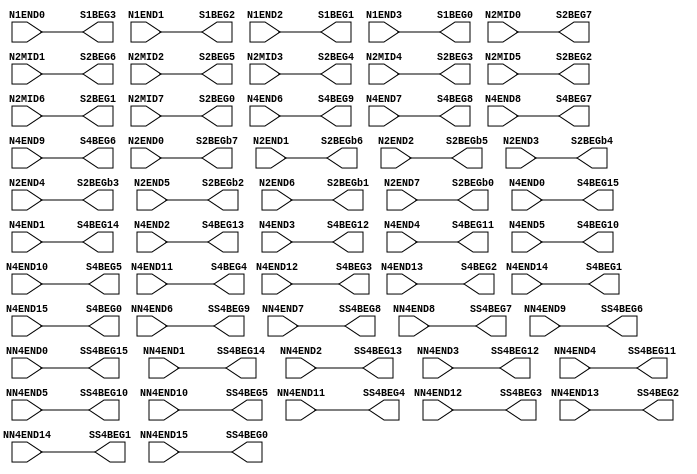
// SPDX-FileCopyrightText: 
// 2021 Nguyen Dao
//
// Licensed under the Apache License, Version 2.0 (the "License");
// you may not use this file except in compliance with the License.
// You may obtain a copy of the License at
//
//      http://www.apache.org/licenses/LICENSE-2.0
//
// Unless required by applicable law or agreed to in writing, software
// distributed under the License is distributed on an "AS IS" BASIS,
// WITHOUT WARRANTIES OR CONDITIONS OF ANY KIND, either express or implied.
// See the License for the specific language governing permissions and
// limitations under the License.
//
// SPDX-License-Identifier: Apache-2.0
//NumberOfConfigBits:0
module N_term_single2_switch_matrix (N1END0, N1END1, N1END2, N1END3, N2MID0, N2MID1, N2MID2, N2MID3, N2MID4, N2MID5, N2MID6, N2MID7, N2END0, N2END1, N2END2, N2END3, N2END4, N2END5, N2END6, N2END7, N4END0, N4END1, N4END2, N4END3, N4END4, N4END5, N4END6, N4END7, N4END8, N4END9, N4END10, N4END11, N4END12, N4END13, N4END14, N4END15, NN4END0, NN4END1, NN4END2, NN4END3, NN4END4, NN4END5, NN4END6, NN4END7, NN4END8, NN4END9, NN4END10, NN4END11, NN4END12, NN4END13, NN4END14, NN4END15, S1BEG0, S1BEG1, S1BEG2, S1BEG3, S2BEG0, S2BEG1, S2BEG2, S2BEG3, S2BEG4, S2BEG5, S2BEG6, S2BEG7, S2BEGb0, S2BEGb1, S2BEGb2, S2BEGb3, S2BEGb4, S2BEGb5, S2BEGb6, S2BEGb7, S4BEG0, S4BEG1, S4BEG2, S4BEG3, S4BEG4, S4BEG5, S4BEG6, S4BEG7, S4BEG8, S4BEG9, S4BEG10, S4BEG11, S4BEG12, S4BEG13, S4BEG14, S4BEG15, SS4BEG0, SS4BEG1, SS4BEG2, SS4BEG3, SS4BEG4, SS4BEG5, SS4BEG6, SS4BEG7, SS4BEG8, SS4BEG9, SS4BEG10, SS4BEG11, SS4BEG12, SS4BEG13, SS4BEG14, SS4BEG15);
	parameter NoConfigBits = 0;
	 // switch matrix inputs
	input N1END0;
	input N1END1;
	input N1END2;
	input N1END3;
	input N2MID0;
	input N2MID1;
	input N2MID2;
	input N2MID3;
	input N2MID4;
	input N2MID5;
	input N2MID6;
	input N2MID7;
	input N2END0;
	input N2END1;
	input N2END2;
	input N2END3;
	input N2END4;
	input N2END5;
	input N2END6;
	input N2END7;
	input N4END0;
	input N4END1;
	input N4END2;
	input N4END3;
	input N4END4;
	input N4END5;
	input N4END6;
	input N4END7;
	input N4END8;
	input N4END9;
	input N4END10;
	input N4END11;
	input N4END12;
	input N4END13;
	input N4END14;
	input N4END15;
	input NN4END0;
	input NN4END1;
	input NN4END2;
	input NN4END3;
	input NN4END4;
	input NN4END5;
	input NN4END6;
	input NN4END7;
	input NN4END8;
	input NN4END9;
	input NN4END10;
	input NN4END11;
	input NN4END12;
	input NN4END13;
	input NN4END14;
	input NN4END15;
	output S1BEG0;
	output S1BEG1;
	output S1BEG2;
	output S1BEG3;
	output S2BEG0;
	output S2BEG1;
	output S2BEG2;
	output S2BEG3;
	output S2BEG4;
	output S2BEG5;
	output S2BEG6;
	output S2BEG7;
	output S2BEGb0;
	output S2BEGb1;
	output S2BEGb2;
	output S2BEGb3;
	output S2BEGb4;
	output S2BEGb5;
	output S2BEGb6;
	output S2BEGb7;
	output S4BEG0;
	output S4BEG1;
	output S4BEG2;
	output S4BEG3;
	output S4BEG4;
	output S4BEG5;
	output S4BEG6;
	output S4BEG7;
	output S4BEG8;
	output S4BEG9;
	output S4BEG10;
	output S4BEG11;
	output S4BEG12;
	output S4BEG13;
	output S4BEG14;
	output S4BEG15;
	output SS4BEG0;
	output SS4BEG1;
	output SS4BEG2;
	output SS4BEG3;
	output SS4BEG4;
	output SS4BEG5;
	output SS4BEG6;
	output SS4BEG7;
	output SS4BEG8;
	output SS4BEG9;
	output SS4BEG10;
	output SS4BEG11;
	output SS4BEG12;
	output SS4BEG13;
	output SS4BEG14;
	output SS4BEG15;
	//global


	parameter GND0 = 1'b0;
	parameter GND = 1'b0;
	parameter VCC0 = 1'b1;
	parameter VCC = 1'b1;
	parameter VDD0 = 1'b1;
	parameter VDD = 1'b1;
	
	wire [1-1:0] S1BEG0_input;
	wire [1-1:0] S1BEG1_input;
	wire [1-1:0] S1BEG2_input;
	wire [1-1:0] S1BEG3_input;
	wire [1-1:0] S2BEG0_input;
	wire [1-1:0] S2BEG1_input;
	wire [1-1:0] S2BEG2_input;
	wire [1-1:0] S2BEG3_input;
	wire [1-1:0] S2BEG4_input;
	wire [1-1:0] S2BEG5_input;
	wire [1-1:0] S2BEG6_input;
	wire [1-1:0] S2BEG7_input;
	wire [1-1:0] S2BEGb0_input;
	wire [1-1:0] S2BEGb1_input;
	wire [1-1:0] S2BEGb2_input;
	wire [1-1:0] S2BEGb3_input;
	wire [1-1:0] S2BEGb4_input;
	wire [1-1:0] S2BEGb5_input;
	wire [1-1:0] S2BEGb6_input;
	wire [1-1:0] S2BEGb7_input;
	wire [1-1:0] S4BEG0_input;
	wire [1-1:0] S4BEG1_input;
	wire [1-1:0] S4BEG2_input;
	wire [1-1:0] S4BEG3_input;
	wire [1-1:0] S4BEG4_input;
	wire [1-1:0] S4BEG5_input;
	wire [1-1:0] S4BEG6_input;
	wire [1-1:0] S4BEG7_input;
	wire [1-1:0] S4BEG8_input;
	wire [1-1:0] S4BEG9_input;
	wire [1-1:0] S4BEG10_input;
	wire [1-1:0] S4BEG11_input;
	wire [1-1:0] S4BEG12_input;
	wire [1-1:0] S4BEG13_input;
	wire [1-1:0] S4BEG14_input;
	wire [1-1:0] S4BEG15_input;
	wire [1-1:0] SS4BEG0_input;
	wire [1-1:0] SS4BEG1_input;
	wire [1-1:0] SS4BEG2_input;
	wire [1-1:0] SS4BEG3_input;
	wire [1-1:0] SS4BEG4_input;
	wire [1-1:0] SS4BEG5_input;
	wire [1-1:0] SS4BEG6_input;
	wire [1-1:0] SS4BEG7_input;
	wire [1-1:0] SS4BEG8_input;
	wire [1-1:0] SS4BEG9_input;
	wire [1-1:0] SS4BEG10_input;
	wire [1-1:0] SS4BEG11_input;
	wire [1-1:0] SS4BEG12_input;
	wire [1-1:0] SS4BEG13_input;
	wire [1-1:0] SS4BEG14_input;
	wire [1-1:0] SS4BEG15_input;


// The configuration bits (if any) are just a long shift register

// This shift register is padded to an even number of flops/latches
// switch matrix multiplexer  S1BEG0 		MUX-1
	assign S1BEG0 = N1END3;
// switch matrix multiplexer  S1BEG1 		MUX-1
	assign S1BEG1 = N1END2;
// switch matrix multiplexer  S1BEG2 		MUX-1
	assign S1BEG2 = N1END1;
// switch matrix multiplexer  S1BEG3 		MUX-1
	assign S1BEG3 = N1END0;
// switch matrix multiplexer  S2BEG0 		MUX-1
	assign S2BEG0 = N2MID7;
// switch matrix multiplexer  S2BEG1 		MUX-1
	assign S2BEG1 = N2MID6;
// switch matrix multiplexer  S2BEG2 		MUX-1
	assign S2BEG2 = N2MID5;
// switch matrix multiplexer  S2BEG3 		MUX-1
	assign S2BEG3 = N2MID4;
// switch matrix multiplexer  S2BEG4 		MUX-1
	assign S2BEG4 = N2MID3;
// switch matrix multiplexer  S2BEG5 		MUX-1
	assign S2BEG5 = N2MID2;
// switch matrix multiplexer  S2BEG6 		MUX-1
	assign S2BEG6 = N2MID1;
// switch matrix multiplexer  S2BEG7 		MUX-1
	assign S2BEG7 = N2MID0;
// switch matrix multiplexer  S2BEGb0 		MUX-1
	assign S2BEGb0 = N2END7;
// switch matrix multiplexer  S2BEGb1 		MUX-1
	assign S2BEGb1 = N2END6;
// switch matrix multiplexer  S2BEGb2 		MUX-1
	assign S2BEGb2 = N2END5;
// switch matrix multiplexer  S2BEGb3 		MUX-1
	assign S2BEGb3 = N2END4;
// switch matrix multiplexer  S2BEGb4 		MUX-1
	assign S2BEGb4 = N2END3;
// switch matrix multiplexer  S2BEGb5 		MUX-1
	assign S2BEGb5 = N2END2;
// switch matrix multiplexer  S2BEGb6 		MUX-1
	assign S2BEGb6 = N2END1;
// switch matrix multiplexer  S2BEGb7 		MUX-1
	assign S2BEGb7 = N2END0;
// switch matrix multiplexer  S4BEG0 		MUX-1
	assign S4BEG0 = N4END15;
// switch matrix multiplexer  S4BEG1 		MUX-1
	assign S4BEG1 = N4END14;
// switch matrix multiplexer  S4BEG2 		MUX-1
	assign S4BEG2 = N4END13;
// switch matrix multiplexer  S4BEG3 		MUX-1
	assign S4BEG3 = N4END12;
// switch matrix multiplexer  S4BEG4 		MUX-1
	assign S4BEG4 = N4END11;
// switch matrix multiplexer  S4BEG5 		MUX-1
	assign S4BEG5 = N4END10;
// switch matrix multiplexer  S4BEG6 		MUX-1
	assign S4BEG6 = N4END9;
// switch matrix multiplexer  S4BEG7 		MUX-1
	assign S4BEG7 = N4END8;
// switch matrix multiplexer  S4BEG8 		MUX-1
	assign S4BEG8 = N4END7;
// switch matrix multiplexer  S4BEG9 		MUX-1
	assign S4BEG9 = N4END6;
// switch matrix multiplexer  S4BEG10 		MUX-1
	assign S4BEG10 = N4END5;
// switch matrix multiplexer  S4BEG11 		MUX-1
	assign S4BEG11 = N4END4;
// switch matrix multiplexer  S4BEG12 		MUX-1
	assign S4BEG12 = N4END3;
// switch matrix multiplexer  S4BEG13 		MUX-1
	assign S4BEG13 = N4END2;
// switch matrix multiplexer  S4BEG14 		MUX-1
	assign S4BEG14 = N4END1;
// switch matrix multiplexer  S4BEG15 		MUX-1
	assign S4BEG15 = N4END0;
// switch matrix multiplexer  SS4BEG0 		MUX-1
	assign SS4BEG0 = NN4END15;
// switch matrix multiplexer  SS4BEG1 		MUX-1
	assign SS4BEG1 = NN4END14;
// switch matrix multiplexer  SS4BEG2 		MUX-1
	assign SS4BEG2 = NN4END13;
// switch matrix multiplexer  SS4BEG3 		MUX-1
	assign SS4BEG3 = NN4END12;
// switch matrix multiplexer  SS4BEG4 		MUX-1
	assign SS4BEG4 = NN4END11;
// switch matrix multiplexer  SS4BEG5 		MUX-1
	assign SS4BEG5 = NN4END10;
// switch matrix multiplexer  SS4BEG6 		MUX-1
	assign SS4BEG6 = NN4END9;
// switch matrix multiplexer  SS4BEG7 		MUX-1
	assign SS4BEG7 = NN4END8;
// switch matrix multiplexer  SS4BEG8 		MUX-1
	assign SS4BEG8 = NN4END7;
// switch matrix multiplexer  SS4BEG9 		MUX-1
	assign SS4BEG9 = NN4END6;
// switch matrix multiplexer  SS4BEG10 		MUX-1
	assign SS4BEG10 = NN4END5;
// switch matrix multiplexer  SS4BEG11 		MUX-1
	assign SS4BEG11 = NN4END4;
// switch matrix multiplexer  SS4BEG12 		MUX-1
	assign SS4BEG12 = NN4END3;
// switch matrix multiplexer  SS4BEG13 		MUX-1
	assign SS4BEG13 = NN4END2;
// switch matrix multiplexer  SS4BEG14 		MUX-1
	assign SS4BEG14 = NN4END1;
// switch matrix multiplexer  SS4BEG15 		MUX-1
	assign SS4BEG15 = NN4END0;

endmodule